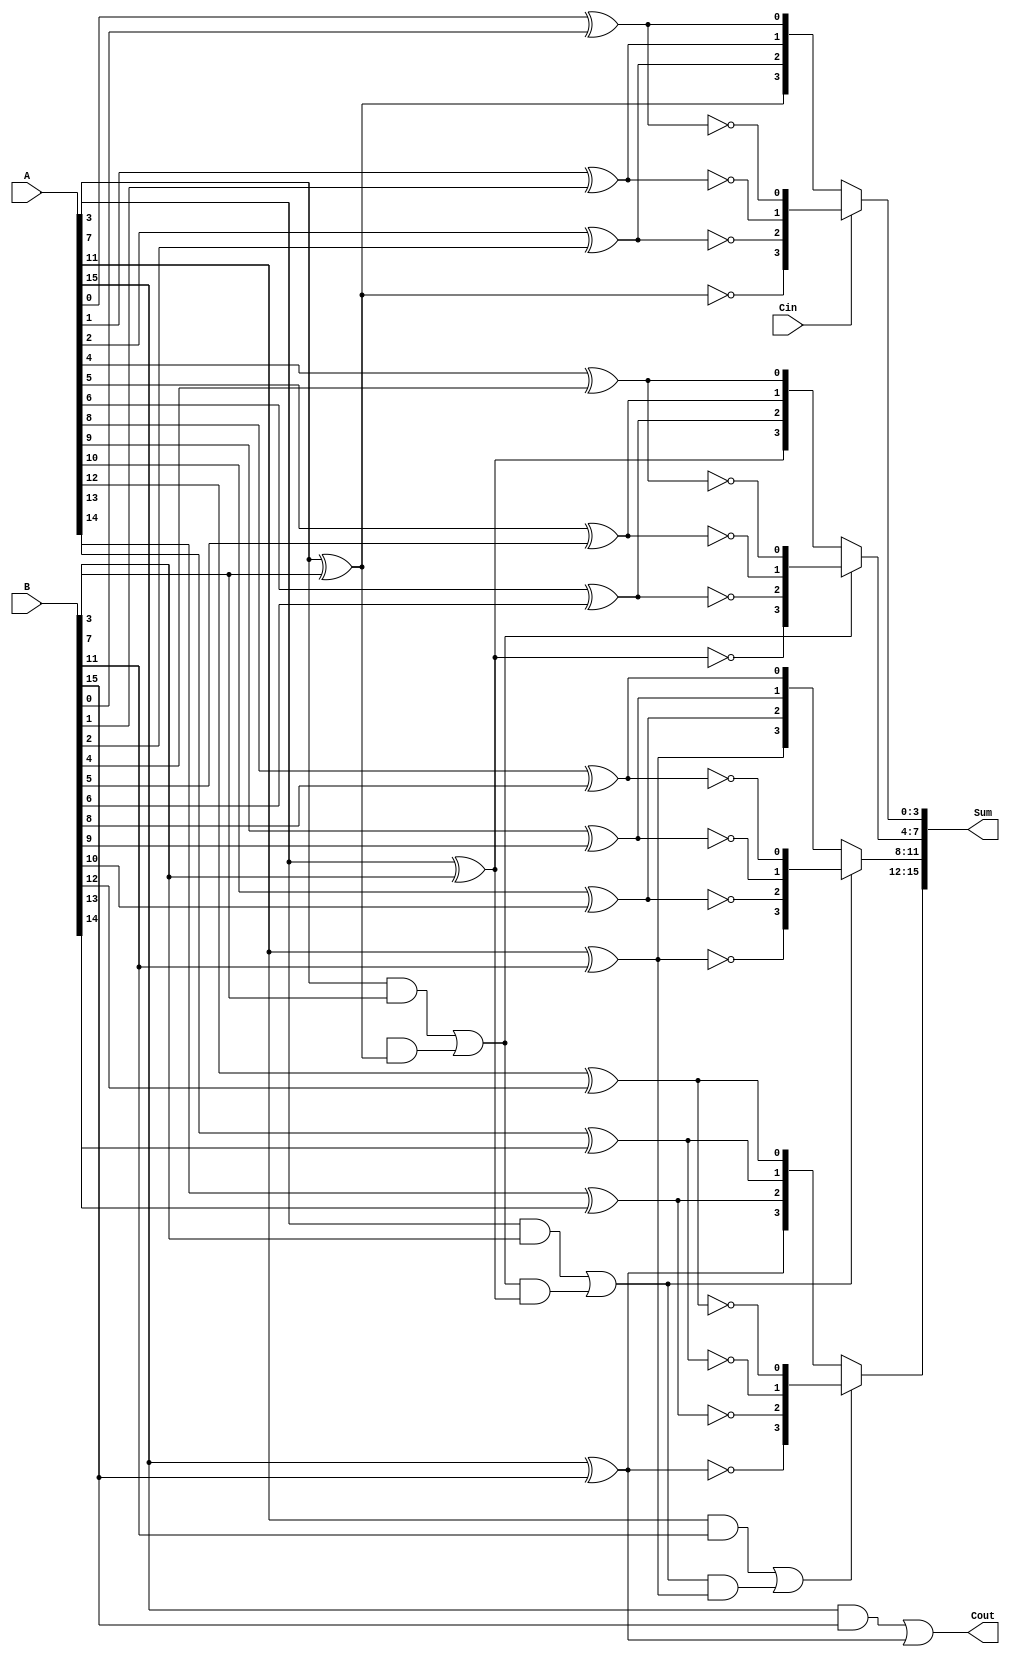
module CarrySelectAdder #(parameter N = 16) (
    input [N-1:0] A,          // First n-bit input
    input [N-1:0] B,          // Second n-bit input
    input Cin,                // Input carry
    output [N-1:0] Sum,       // n-bit sum output
    output Cout               // Carry out
);

    localparam BLOCK_SIZE = 4; // Size of each block
    localparam NUM_BLOCKS = N / BLOCK_SIZE; // Number of blocks

    wire [BLOCK_SIZE-1:0] Sum0 [0:NUM_BLOCKS-1]; // Sums for Cin = 0
    wire [BLOCK_SIZE-1:0] Sum1 [0:NUM_BLOCKS-1]; // Sums for Cin = 1
    wire [NUM_BLOCKS-1:0] Cout0; // Carry outs for Cin = 0
    wire [NUM_BLOCKS-1:0] Cout1; // Carry outs for Cin = 1
    wire [NUM_BLOCKS-1:0] Carry; // Selected carry for each block

    genvar i, j;

    // Generate blocks
    generate
        for (i = 0; i < NUM_BLOCKS; i = i + 1) begin : block
            // Calculate Sum0 and Sum1 for each block
            for (j = 0; j < BLOCK_SIZE; j = j + 1) begin : bit
                wire a = A[i*BLOCK_SIZE + j];
                wire b = B[i*BLOCK_SIZE + j];

                // Sum when Cin = 0
                assign Sum0[i][j] = a ^ b;
                // Sum when Cin = 1
                assign Sum1[i][j] = a ^ b ^ 1'b1;
            end

            // Calculate Carry out for Cin = 0
            assign Cout0[i] = (A[i*BLOCK_SIZE + BLOCK_SIZE-1] & B[i*BLOCK_SIZE + BLOCK_SIZE-1]) |
                              (Cout0[i-1] & (A[i*BLOCK_SIZE + BLOCK_SIZE-1] ^ B[i*BLOCK_SIZE + BLOCK_SIZE-1]));

            // Calculate Carry out for Cin = 1
            assign Cout1[i] = (A[i*BLOCK_SIZE + BLOCK_SIZE-1] & B[i*BLOCK_SIZE + BLOCK_SIZE-1]) |
                              (1'b1 & (A[i*BLOCK_SIZE + BLOCK_SIZE-1] ^ B[i*BLOCK_SIZE + BLOCK_SIZE-1]));

            // Select the appropriate sum and carry out based on Cin
            assign Carry[i] = (i == 0) ? Cin : Cout0[i-1];
            assign Sum[i*BLOCK_SIZE +: BLOCK_SIZE] = Carry[i] ? Sum1[i] : Sum0[i];
        end
    endgenerate

    // Final carry out
    assign Cout = Cout1[NUM_BLOCKS-1];

endmodule